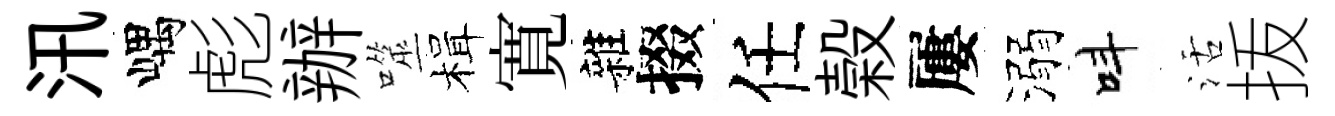
汛嵎彪辦噬楫寛雜掇任榖屢溺呌活㧞